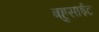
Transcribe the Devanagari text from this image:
बहुसाईट